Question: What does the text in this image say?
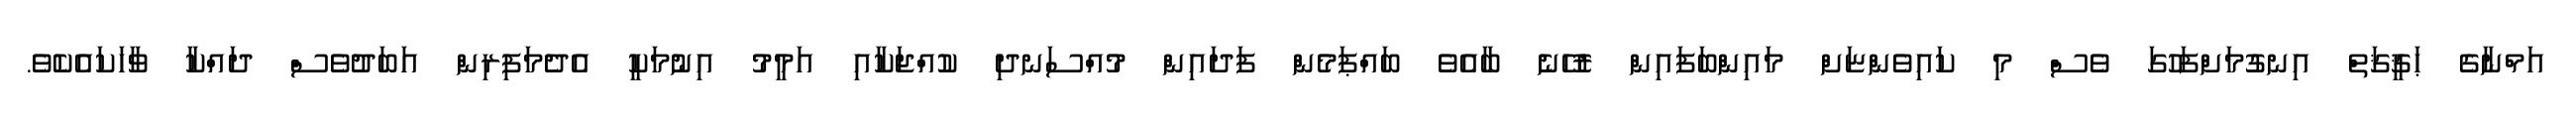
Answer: އަމްނާގެ ޙަޤީޤަތް އިނގުމަށްފަހުގަ ވެސް މި ކައިވެންޏަށް މައިންބަފައިން ރުހޭނެ ބާއެވެ ބައްޕަމެން ފަދައިން މުއްސަނދި ކުއްޖަކާއި އަމީމު އިނުމަކީ އެދެމަފިރިން އަބަދުވެސް ދައްކާ ވާހަކައެކެވެ.